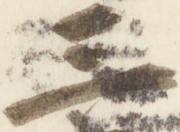
三